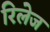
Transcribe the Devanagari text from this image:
रिलेज